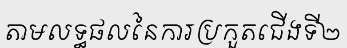
តាមលទ្ធផលនៃការប្រកួតជើងទី២